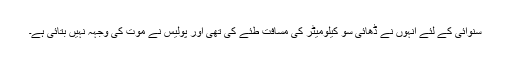
سنوائی کے لئے انہوں نے ڈھائی سو کیلومیٹر کی مسافت طئے کی تھی اور پولیس نے موت کی وجہہ نہیں بتائی ہے۔